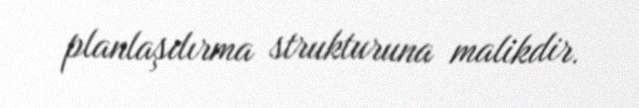
planlaşdırma strukturuna malikdir.